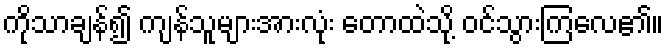
ကိုသာချန်၍ ကျန်သူများအားလုံး တောထဲသို့ ဝင်သွားကြလေ၏။